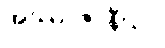
အဿာဇာနီယာ